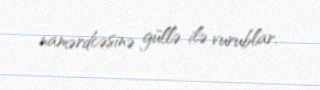
namərdcəsinə güllə ilə vurublar.